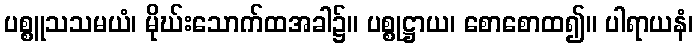
ပစ္စူသသမယံ၊ မိုဃ်းသောက်ထအခါ၌။ ပစ္စုဋ္ဌာယ၊ စောစောထ၍။ ပါရာယနံ၊